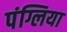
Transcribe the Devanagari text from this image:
पंग्लिया